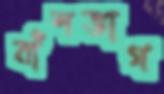
বাঁশভাগ